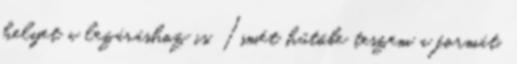
helyet a lezáráshoz is. Ismét hűtőbe teszem a formát,